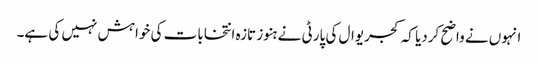
انہوں نے واضح کردیا کہ کجریوال کی پارٹی نے ہنوز تازہ انتخابات کی خواہش نہیں کی ہے۔